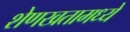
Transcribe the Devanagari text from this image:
शेणखतामध्ये